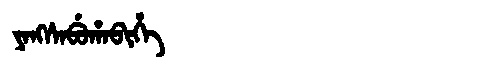
Manchu: ᠶᠠᠩᠰᠠᠪᡠᡥᠠᠪᡳᡥᡝ
Romanization: YANGSABUHABIHE